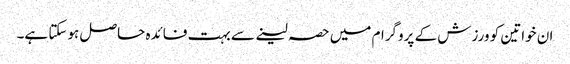
ان خواتین کو ورزش کے پروگرام میں حصہ لینے سے بہت فائدہ حاصل ہوسکتا ہے۔